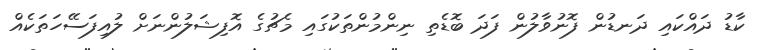
ކާޑު ދައްކައި ދަނޑުން ފޮނުވާލުން ފަދަ ބޮޑެތި ނިންމުންތަކުގައި މެޗުގެ އޮފިޝަލުންނަށް ލުއިފަސޭހަތަކެއް